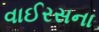
વાઈરસના